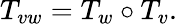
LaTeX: T_{vw}=T_{w}\circ T_{v}.